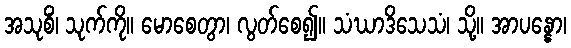
အသုစိံ၊ သုက်ကို။ မောစေတွာ၊ လွတ်စေ၍။ သံဃာဒိသေသံ၊ သို့။ အာပန္နော၊